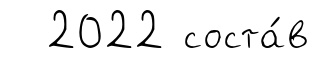
2022 соста́в